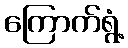
ကြောက်ရွံ့